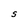
Character: S